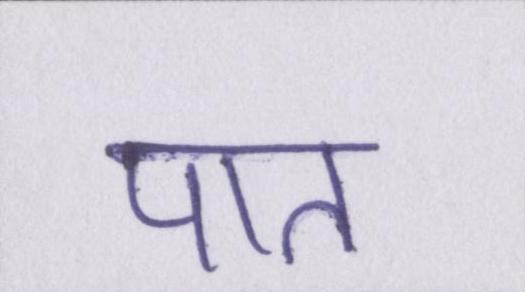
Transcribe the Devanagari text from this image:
पात